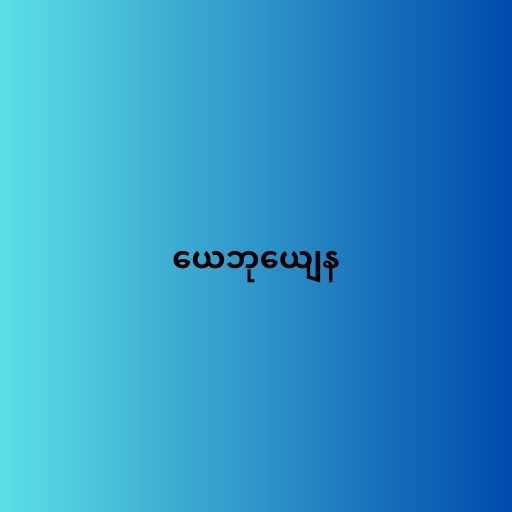
ယေဘုယျေန